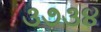
૩૭૩૪